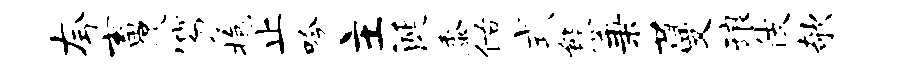
夸畜促笏抱止吟主涎黍佑式熊秉蔓琅伎欹